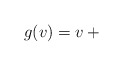
\begin{align*}g(v) = v + {}\end{align*}